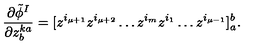
\frac { \partial \tilde { \phi } ^ { I } } { \partial z _ { b } ^ { k a } } = [ z ^ { i _ { \mu + 1 } } z ^ { i _ { \mu + 2 } } \ldots z ^ { i _ { m } } z ^ { i _ { 1 } } \ldots z ^ { i _ { \mu - 1 } } ] _ { a } ^ { b } .